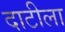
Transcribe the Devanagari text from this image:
दाटीला